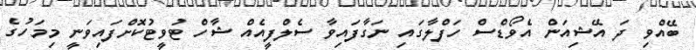
ބޭއްވި ދަ އޭޝިއަން އެވޯޑްސް ހަފްލާގައި ނަގާފައިވާ ސެލްފީއެއް ޝާހް ޓުވީޓުކޮށްފައިވަނީ މިމަހުގެ